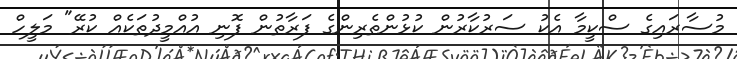
މުސާރައިގެ ސްކީމާ އެކު ސަރުކާރުން ކުޅުންތެރިންގެ ފަރާތުން ފޮނި އުއްމީދުތަކެއް ކުރޭ" މަލީހް